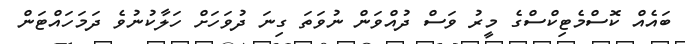
ބައެއް ކޮސްމެޓިކްސްގެ މީރު ވަސް ދުއްވަން ނުވަތަ ގިނަ ދުވަހަށް ހަލާކުނުވެ ދަމަހައްޓަން